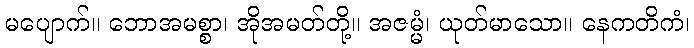
မပျောက်။ ဘောအမစ္စာ၊ အိုအမတ်တို့။ အဇမ္မံ၊ ယုတ်မာသော။ နေကတိကံ၊